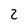
Character: 2